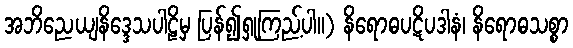
အဘိညေယျနိဒ္ဒေသပါဠိမှ ပြန်၍ရှုကြည့်ပါ။) နိရောဓပဋိပဒါနံ၊ နိရောဓသစ္စာ